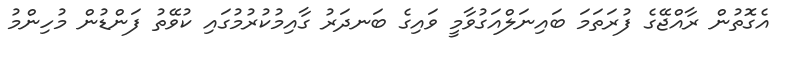
އެގޮތުން ރާއްޖޭގެ ފުރަތަމަ ބައިނަލްއަގުވާމީ ވައިގެ ބަނދަރު ގާއިމުކުރުމުގައި ކުވޭތު ފަންޑުން މުހިންމު